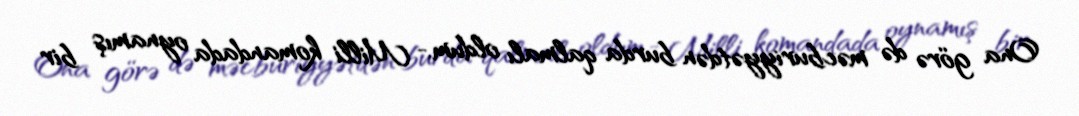
Ona görə də məcburiyyətdən burda qalmalı oldum.- Milli komandada oynamış bir